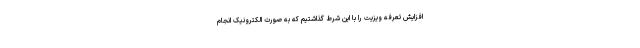
افزایش تعرفه ویزیت را با این شرط گذاشتیم که به صورت الکترونیک انجام